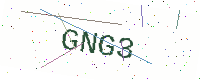
Text: GNG3